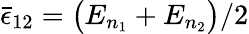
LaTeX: \bar{\epsilon}_{12}=\big(E_{n_{1}}+E_{n_{2}}\big)/2